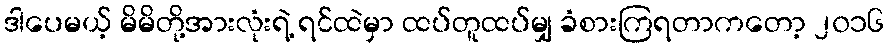
ဒါပေမယ့် မိမိတို့အားလုံးရဲ့ ရင်ထဲမှာ ထပ်တူထပ်မျှ ခံစားကြရတာကတော့ ၂၀၁၆